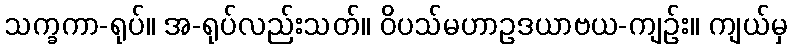
သက္ခကာ-ရုပ်။ အ-ရုပ်လည်းသတ်။ ဝိပသ်မဟာဥဒယာဗယ-ကျဉ်း။ ကျယ်မှ